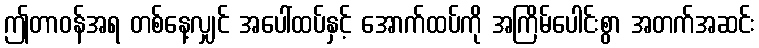
ဤတာဝန်အရ တစ်နေ့လျှင် အပေါ်ထပ်နှင့် အောက်ထပ်ကို အကြိမ်ပေါင်းစွာ အတက်အဆင်း